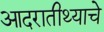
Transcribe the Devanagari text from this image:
आदरातीथ्याचे